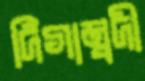
দিগাম্বদী